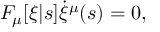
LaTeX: F _ { \mu } [ \xi | s ] \dot { \xi } ^ { \mu } ( s ) = 0 ,